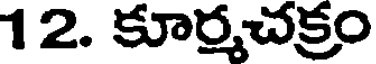
12. కూర్మచక్రం